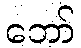
ဘော်